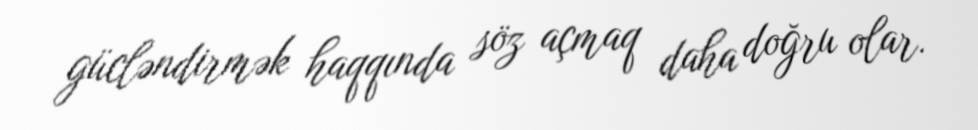
gücləndirmək haqqında söz açmaq daha doğru olar.